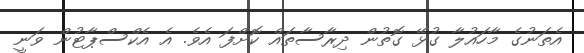
އެތަނުގެ މާހައުލާ ގުޅޭ ގޮތުން ދިރާސާތައް ކޮށްފަ އެވެ. އެ އެކްސްޕާޓުން ވަނީ